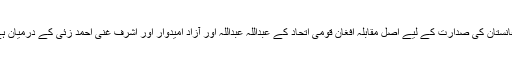
افغانستان کی صدارت کے لیے اصل مقابلہ افغان قومی اتحاد کے عبداللہ عبداللہ اور آزاد امیدوار اور اشرف غنی احمد زئی کے درمیان ہے۔